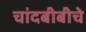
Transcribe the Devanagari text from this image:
चांदबीबीचे